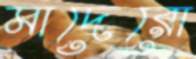
মাদেরো